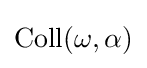
\mathrm {Coll} (\omega ,\alpha )